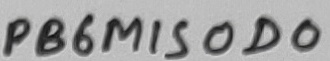
Text: PB6MISOD0